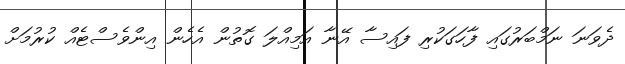
ދެވަނަ ނަމްބަރުގައި ފާހަގަކުރި ފައިސާ އޭނާ އަމިއްލަ ގޮތުން އެހެން އިންވެސްޓެއް ކުރުމަށް